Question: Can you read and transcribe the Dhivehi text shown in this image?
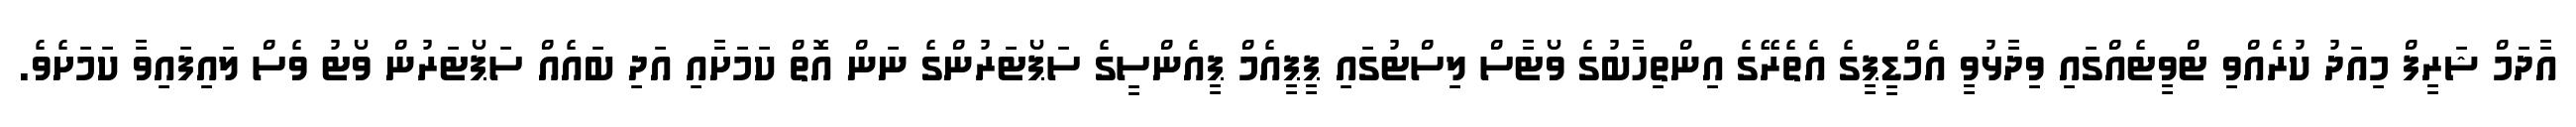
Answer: އާދަމް ޝަރީފް މިއަދު ކުރެއްވި ޓްވީޓެއްގައި ވިދާޅުވީ އެމްޑީޕީގެ އެތެރޭގެ އިންތިހާބުގެ ވޯޓާސް ލިސްޓުގައި ޕީޕީއެމް ޕީއެންސީގެ ސަޕޯޓަރުންގެ ނަން އޮތް ކަމަށާއި އަދި ބައެއް ސަޕޯޓަރުން ވޯޓު ވެސް ލައިފައިވާ ކަމަށެވެ.